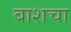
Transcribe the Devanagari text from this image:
बाशचा